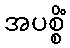
အပစ္စိံ